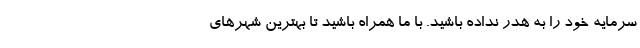
سرمایه خود را به هدر نداده باشید. با ما همراه باشید تا بهترین شهرهای